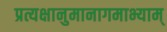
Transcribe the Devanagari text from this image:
प्रत्यक्षानुमानागमाभ्याम्